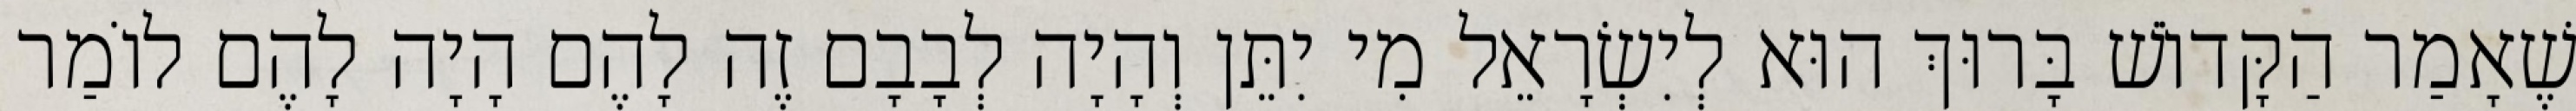
שֶׁאָמַר הַקָּדוֹשׁ בָּרוּךְ הוּא לְיִשְׂרָאֵל מִי יִתֵּן וְהָיָה לְבָבָם זֶה לָהֶם הָיָה לָהֶם לוֹמַר